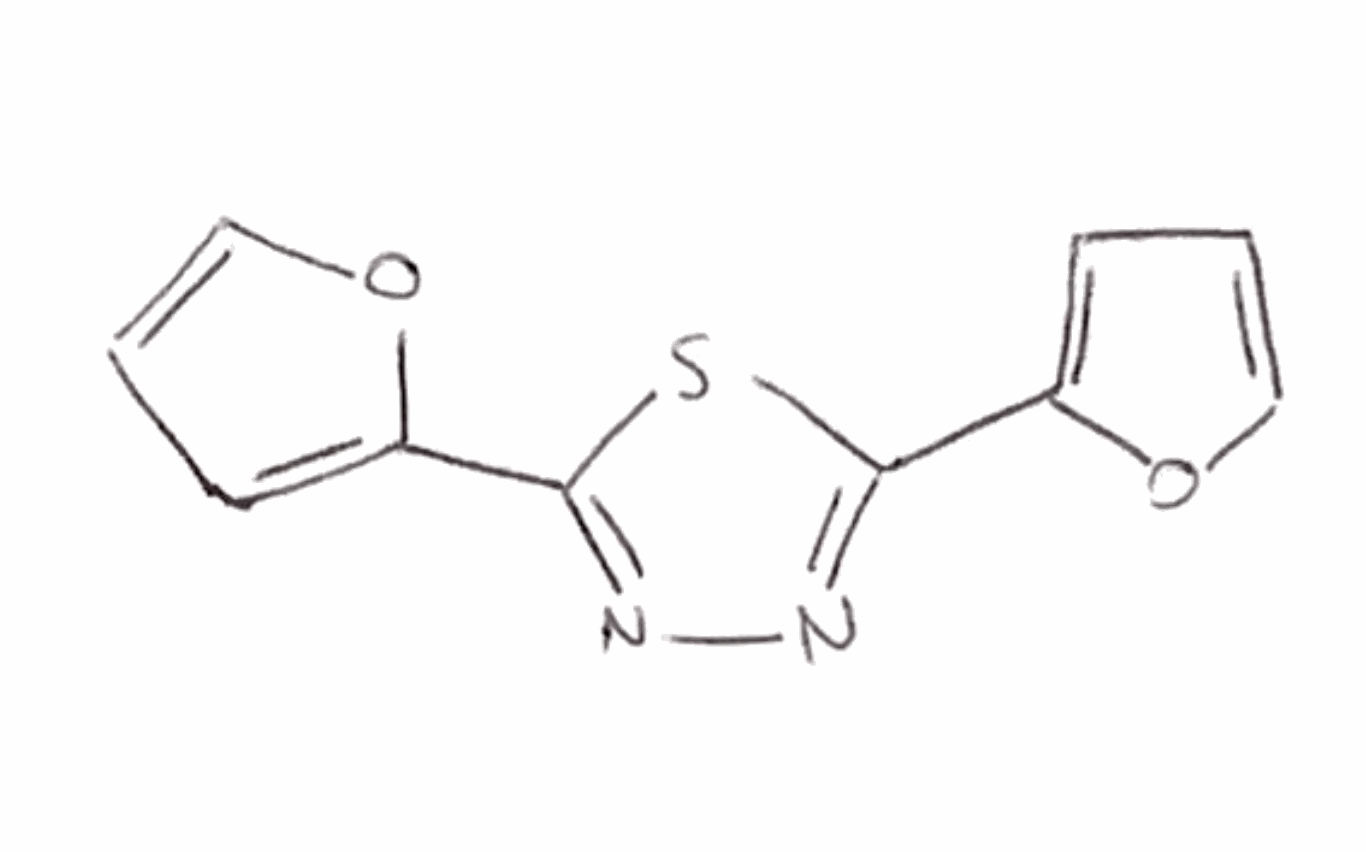
Simplified molecular-input line-entry system (SMILES) notation of the given molecule:
C1=COC(=C1)C2=NN=C(S2)C3=CC=CO3